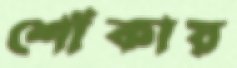
শোঁকায়